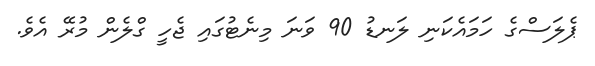
ޕެލަސްގެ ހަމައެކަނި ލަނޑު 90 ވަނަ މިނެޓުގައި ޖެހީ ގްލެން މުރޭ އެވެ.